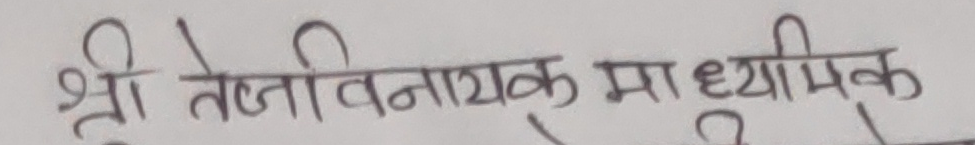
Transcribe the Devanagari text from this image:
श्री तेजनिायक मा. ध्यामिक